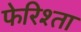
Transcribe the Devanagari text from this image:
फेरिश्ता